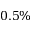
0 . 5 \%